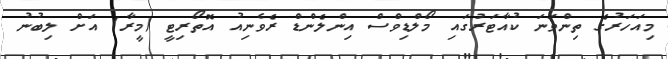
މިއަހަރުގެ ތިންވަނަ ކުއާޓަރުގައި މޯލްޑިވްސް އިންލެންޑް ރެވެނިއު އޮތޯރިޓީ (މީރާ) އަށް ލިބުނު